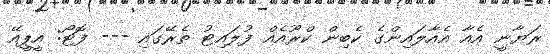
ރަޔާނީ އެއާ އެއާލައިންގެ ކެބިން ކްރޫއެއް ފުލައިޓު ތެރޭގައި --- ފޮޓޯ: އީޕީއޭ